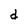
Character: d